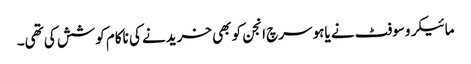
مائیکروسوفٹ نے یاہو سرچ انجن کو بھی خریدنے کی ناکام کوشش کی تھی۔